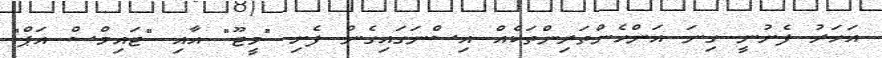
އަހަރު ފެށުނީ ގިނަ އަންހެންތަރިންތަކެއް އިސްނަގައިގެން ފެށި "މީޓޫ" އާއި "ޓައިމްސް އަޕް"